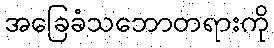
အခြေခံသဘောတရားကို